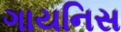
ગાયનિસ